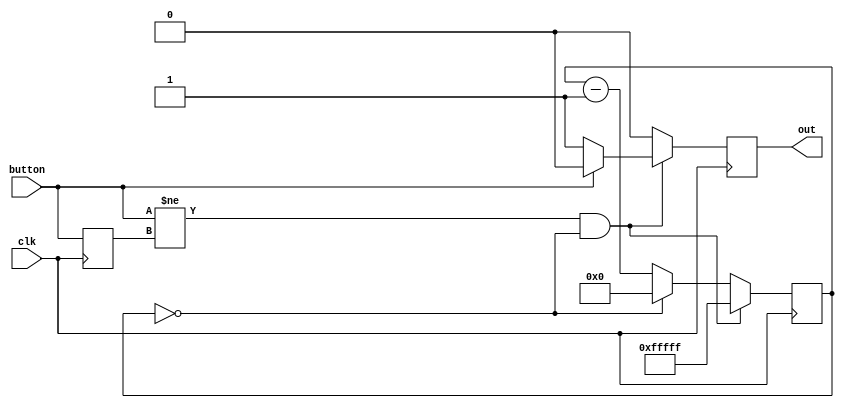

module Debounce(input clk, output reg out, input button);

   localparam WIDTH = 20; // 2**20 / 12e6 s ~= 87ms

   reg [WIDTH-1:0] counter     = 0;
   reg             prev_button = 1;

   always @(posedge clk) begin
      if(button != prev_button && (counter == 0)) begin
         // button toggled and counter has reached 0
         counter <= ~0;
         if(!button) out <= 1; // button was actually depressed
         else out <= 0;

      end
      else begin

         counter <= (counter==0) ? 0 : (counter - 1); // decrement counter
         out <= 0;
      end

      prev_button <= button;
   end

endmodule